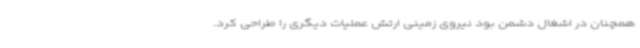
همچنان در اشغال دشمن بود نیروی زمینی ارتش عملیات دیگری را طراحی کرد.